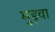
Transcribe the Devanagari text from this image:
मुड़वा